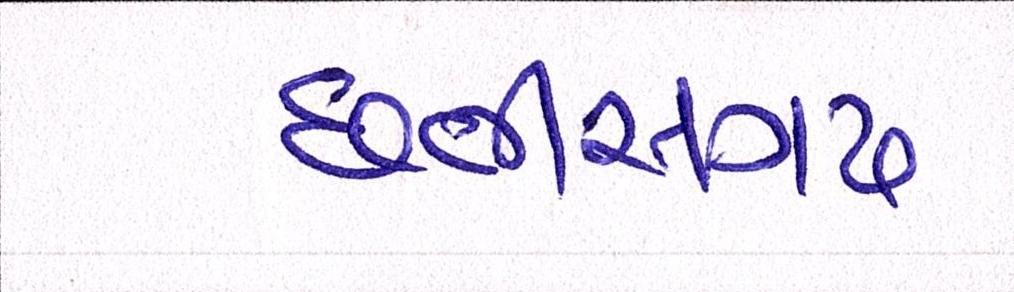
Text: છત્તીસગઢ